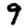
Digit: 9